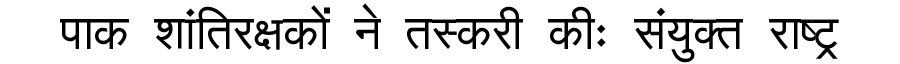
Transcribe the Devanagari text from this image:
पाक शांतिरक्षकों ने तस्करी कीः संयुक्त राष्ट्र